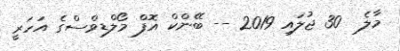
މާލެ  30 ޖުލައި 2019 -- ބޭންކް އޮފް މޯލްޑިވްސްގެ އަހަރީ